Civil Veterinary Dept. North-West Frontier Province 1901-22 - 1901-1922
Year: 1901
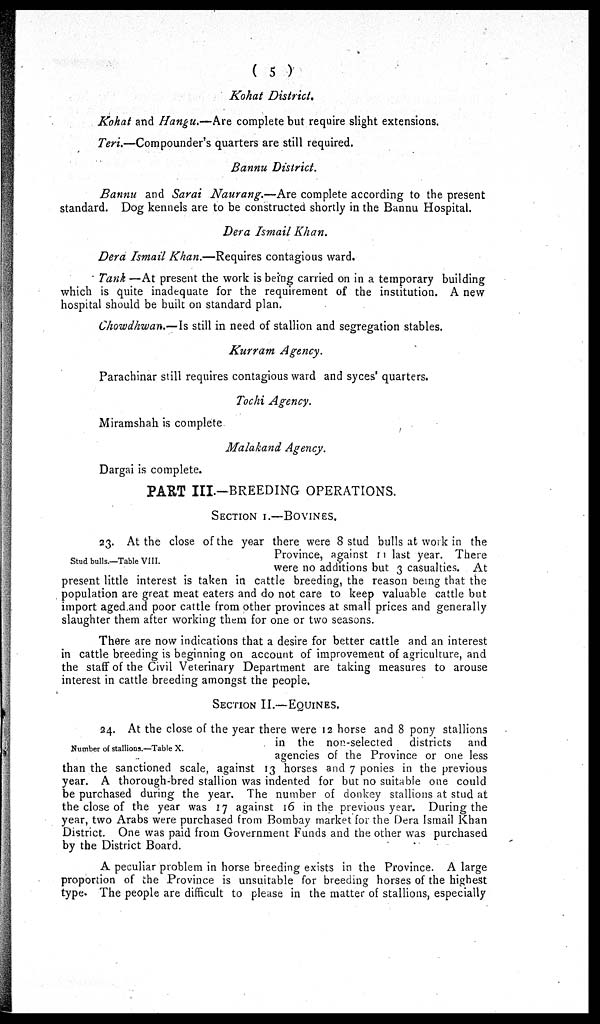
(5)
Kohat District.
Kohat and Hangu.—Are complete but require slight extensions.
Teri.—Compounder's quarters are still required.
Bannu District.
Bannu and Sarai Naurang.—Are complete according to the present
standard. Dog kennels are to be constructed shortly in the Bannu Hospital.
Dera Ismail Khan.
Dera Ismail Khan.—Requires contagious ward.
Tank —At present the work is being carried on in a temporary building
which is quite inadequate for the requirement of the institution. A new
hospital should be built on standard plan.
Chowdhwan.—Is still in need of stallion and segregation stables.
Kurram Agency.
Parachinar still requires contagious ward and syces' quarters.
Tochi Agency.
Miramshah is complete
Malakand Agency.
Dargai is complete.
PART III.—BREEDING OPERATIONS.
SECTION I.—BOVINES.
Stud bulls.—Table VIII.
23. At the close of the year there were 8 stud bulls at work in the
Province, against 11 last year. There
were no additions but 3 casualties. At
present little interest is taken in cattle breeding, the reason being that the
population are great meat eaters and do not care to keep valuable cattle but
import aged and poor cattle from other provinces at small prices and generally
slaughter them after working them for one or two seasons.
There are now indications that a desire for better cattle and an interest
in cattle breeding is beginning on account of improvement of agriculture, and
the staff of the Civil Veterinary Department are taking measures to arouse
interest in cattle breeding amongst the people.
SECTION II.—EQUINES.
Number of stallions.—Table X.
24. At the close of the year there were 12 horse and 8 pony stallions
in the non-selected districts and
agencies of the Province or one less
than the sanctioned scale, against 13 horses and 7 ponies in the previous
year. A thorough-bred stallion was indented for but no suitable one could
be purchased during the year. The number of donkey stallions at stud at
the close of the year was 17 against 16 in the previous year. During the
year, two Arabs were purchased from Bombay market for the Dera Ismail Khan
District. One was paid from Government Funds and the other was purchased
by the District Board.
A peculiar problem in horse breeding exists in the Province. A large
proportion of the Province is unsuitable for breeding horses of the highest
type. The people are difficult to please in the matter of stallions, especially